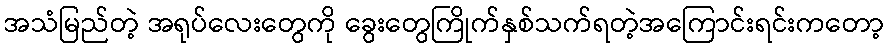
အသံမြည်တဲ့ အရုပ်လေးတွေကို ခွေးတွေကြိုက်နှစ်သက်ရတဲ့အကြောင်းရင်းကတော့